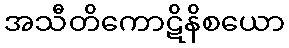
အသီတိကောဋိနိစယော